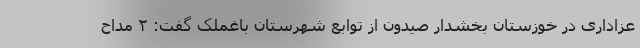
عزاداری در خوزستان بخشدار صیدون از توابع شهرستان باغملک گفت: ۲ مداح